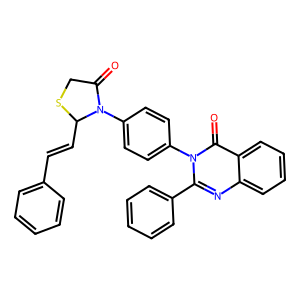
SMILES: O=C1CSC(C=Cc2ccccc2)N1c1ccc(-n2c(-c3ccccc3)nc3ccccc3c2=O)cc1
Inhibits HIV replication: No